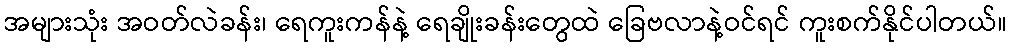
အများသုံး အဝတ်လဲခန်း၊ ရေကူးကန်နဲ့ ရေချိုးခန်းတွေထဲ ခြေဗလာနဲ့ဝင်ရင် ကူးစက်နိုင်ပါတယ်။